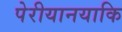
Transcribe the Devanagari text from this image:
पेरीयानयाकि